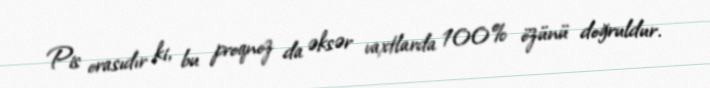
Pis orasıdır ki, bu proqnoz da əksər vaxtlarda 100% özünü doğruldur.